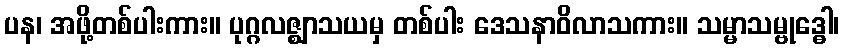
ပန၊ အဖို့တစ်ပါးကား။ ပုဂ္ဂလဇ္ဈာသယမှ တစ်ပါး ဒေသနာဝိလာသကား။ သမ္မာသမ္ဗုဒ္ဓေါ၊